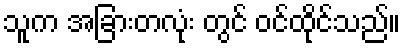
သူက အခြားတလုံး တွင် ဝင်ထိုင်သည်။